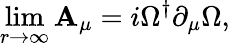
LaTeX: \operatorname*{lim}_{r\rightarrow\infty}\mathbf{A}_{\mu}=i\Omega^{\dagger}\partial_{\mu}\Omega,